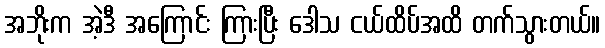
အဘိုးက အဲ့ဒီ အကြောင်း ကြားပြီး ဒေါသ ငယ်ထိပ်အထိ တက်သွားတယ်။